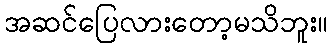
အဆင်ပြေလားတော့မသိဘူး။